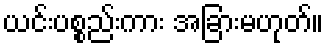
ယင်းပစ္စည်းကား အခြားမဟုတ်။